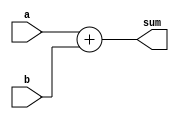
module adder_nbit 
    // Parameters section
    #( parameter N = 3)
    // Ports section
    (input [N-1:0] a,
     input [N-1:0] b,
     output reg [N:0] sum);
    
    // Wildcard operator is best for the procedure's
    // sensitivity list (control list)
    always @(*) begin
       sum[N:0] = a[N-1:0] + b[N-1:0];
       //sum = a + b;
    end  
  
endmodule